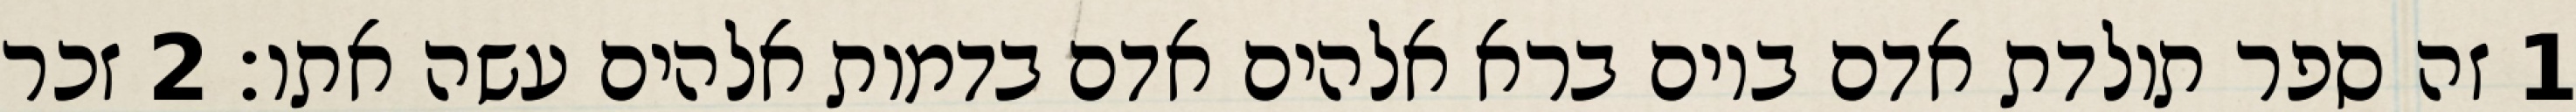
1 זה ספר תולדת אדם ביום ברא אלהים אדם בדמות אלהים עשה אתו׃ ‎2‏ זכר